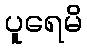
ပူရေမိ